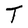
Character: T